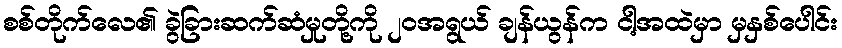
စစ်တိုက်လေ၏ ခွဲခြားဆက်ဆံမှုတို့ကို ၂၀အရွယ် ချန်ယွန်က ငါ့အထဲမှာ မှနှစ်ပေါင်း